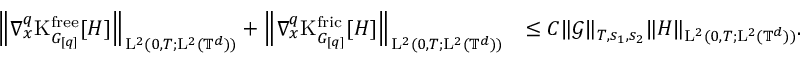
\begin{array} { r l } { \Big \Vert \nabla _ { x } ^ { q } \mathrm { K } _ { G _ { [ q ] } } ^ { \mathrm { f r e e } } [ H ] \Big \Vert _ { \mathrm { L } ^ { 2 } ( 0 , T ; \mathrm { L } ^ { 2 } ( \mathbb T ^ { d } ) ) } + \Big \Vert \nabla _ { x } ^ { q } \mathrm { K } _ { G _ { [ q ] } } ^ { \mathrm { f r i c } } [ H ] \Big \Vert _ { \mathrm { L } ^ { 2 } ( 0 , T ; \mathrm { L } ^ { 2 } ( \mathbb T ^ { d } ) ) } } & { \leq C \Vert \mathcal { G } \Vert _ { T , s _ { 1 } , s _ { 2 } } \Vert H \Vert _ { \mathrm { L } ^ { 2 } ( 0 , T ; \mathrm { L } ^ { 2 } ( \mathbb T ^ { d } ) ) } . } \end{array}